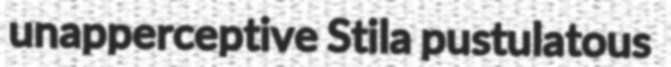
unapperceptive Stila pustulatous